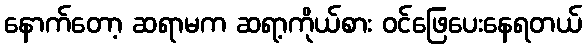
နောက်တော့ ဆရာမက ဆရာ့ကိုယ်စား ဝင်ဖြေပေးနေရတယ်